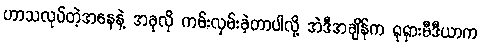
ဟာသလုပ်တဲ့အနေနဲ့ အခုလို ကမ်းလှမ်းခဲ့တာပါလို့ အဲဒီအချိန်က ရုရှားမီဒီယာက